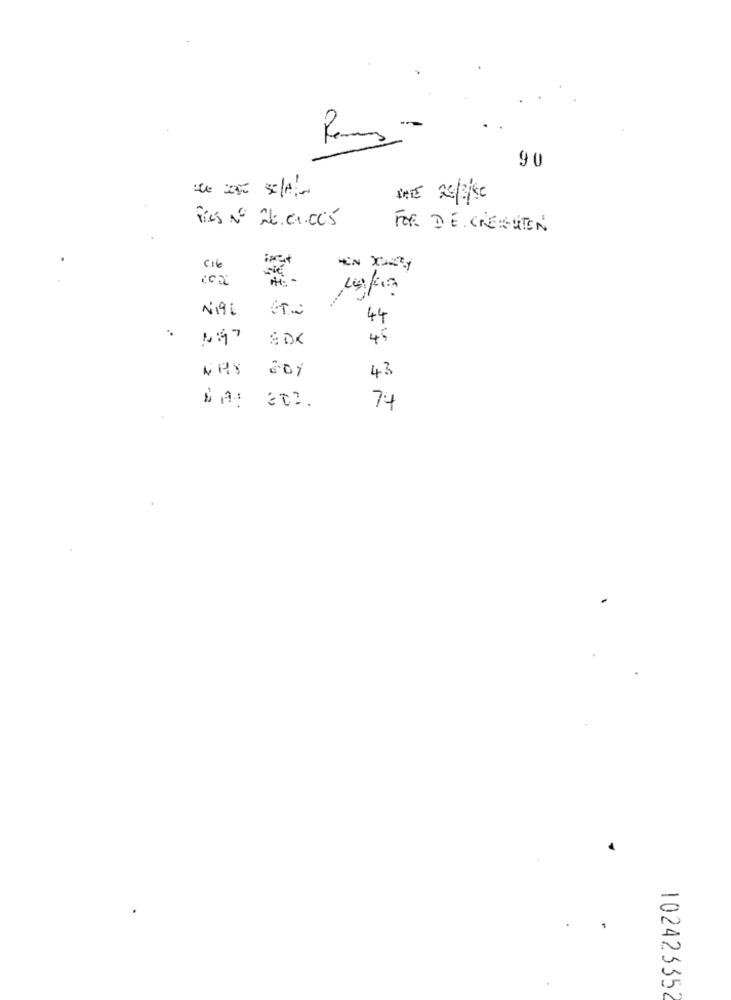
90
Pies Nº 26.01.005
FOR DE CREMEUTEN
016
1196
44
16:47
SDK
45
2
43
74
10242335